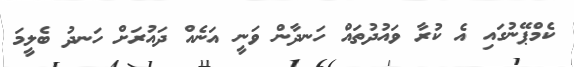
ކެމްޕޭނުގައި އެ ކުރާ ވައުދުތައް ހަނދާން ވަނީ އަނެއް ދައުރަށް ހަނދު ބެލީމަ